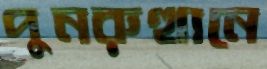
পুনরুত্থানে